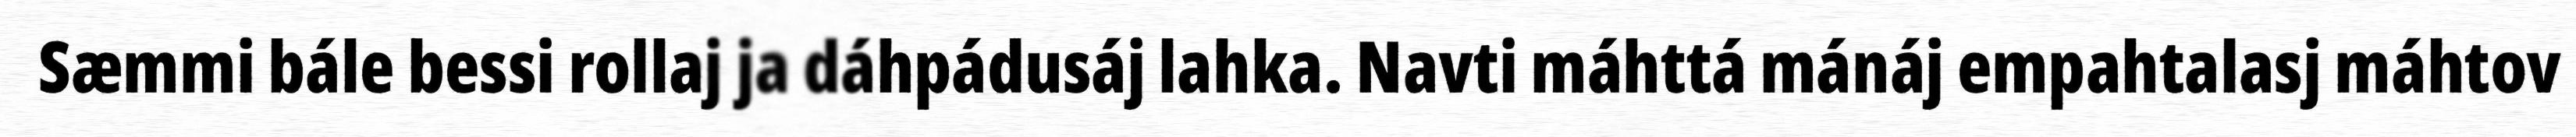
Sæmmi bále bessi rollaj ja dáhpádusáj lahka. Navti máhttá mánáj empahtalasj máhtov